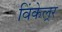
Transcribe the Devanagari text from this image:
विंकेल्रर